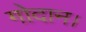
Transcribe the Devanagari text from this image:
गोदान।